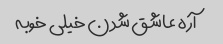
آره عاشق شدن خیلی خوبه